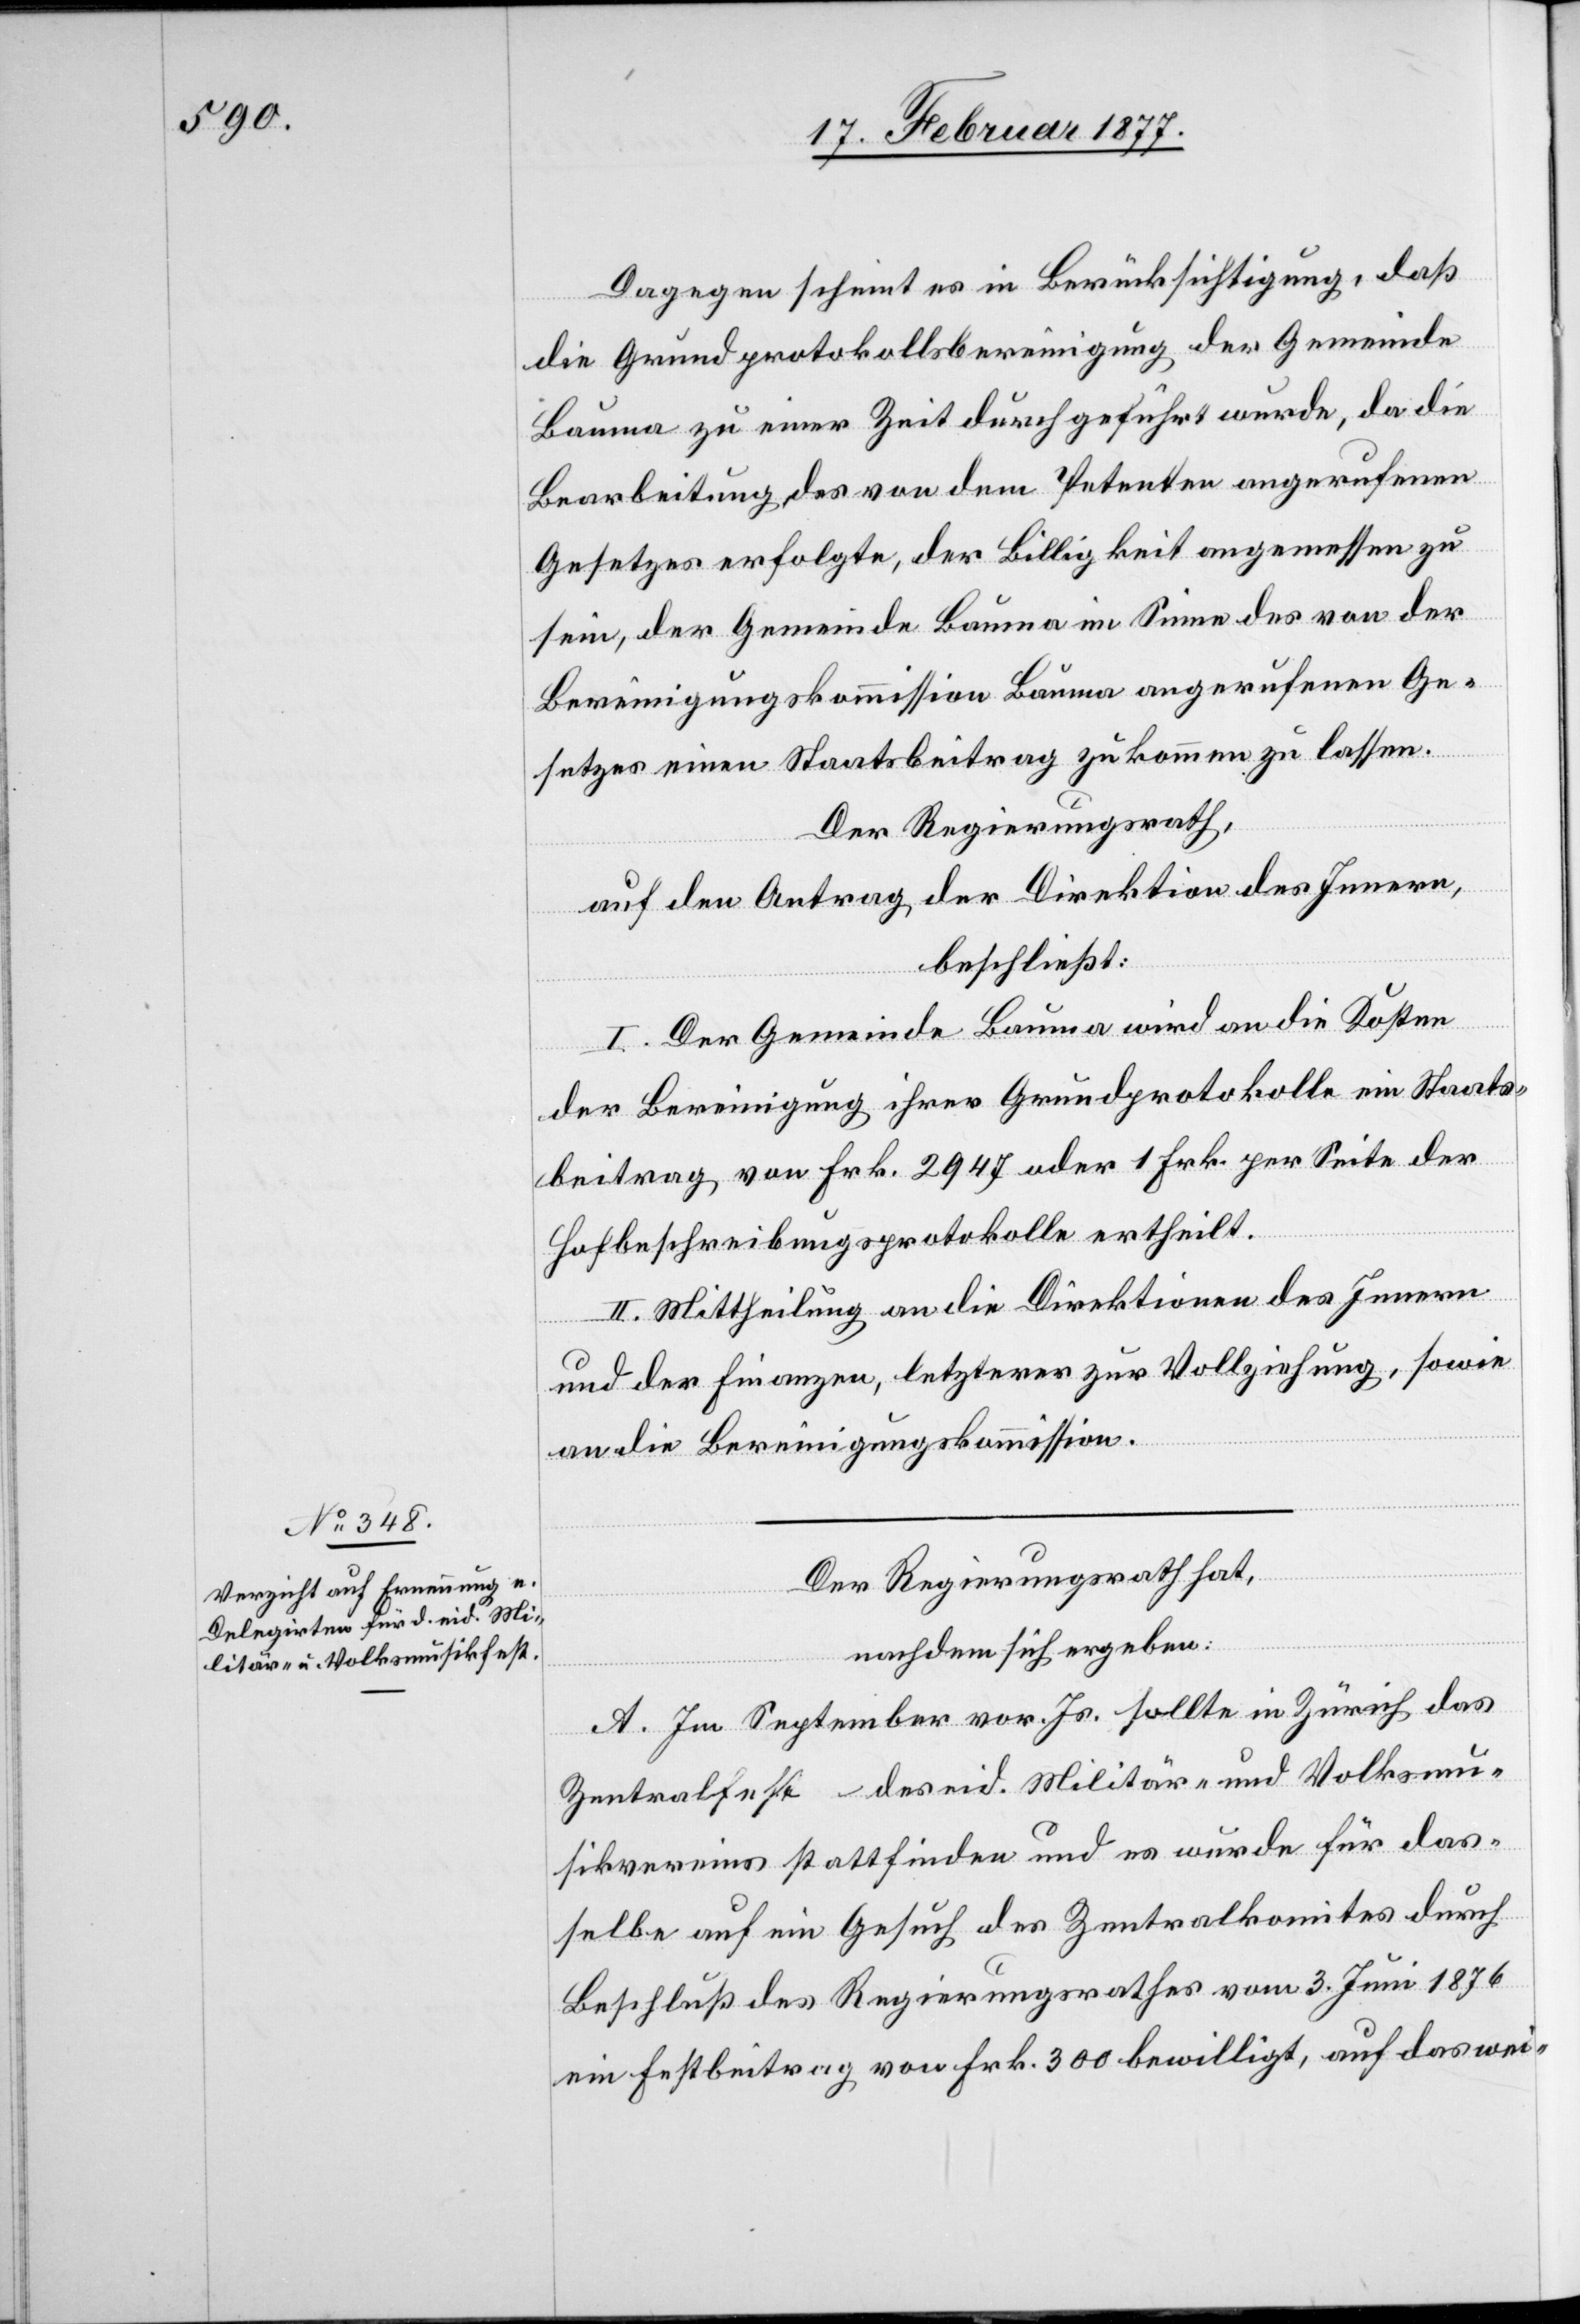
Dagegen scheint es in Berücksichtigung, daß
die Grundprotokollbereinigung der Gemeinde
Bauma zu einer Zeit durchgeführt wurde, da die
Bearbeitung des von den Petenten angerufenen
Gesetzes erfolgte, der Billigkeit angemessen zu
sein, der Gemeinde Bauma im Sinne des von der
Bereinigungskommission angerufenen Ge¬
setzes einen Staatsbeitrag zukommen zu lassen.
Der Regierungsrath,
auf den Antrag der Direktion des Innern,
beschließt:
I. Der Gemeinde Bauma wird an die Kosten
der Bereinigung ihrer Grundprotokolle ein Staats¬
beitrag von Frk. 2947 oder 1 Frk. per Seite der
Hofbeschreibungsprotokolle ertheilt.
II. Mittheilung an die Direktionen des Innern
und der Finanzen, letzterer zur Vollziehung, sowie
an die Bereinigungskommission.
Der Regierungsrath hat,
nachdem sich ergeben:
A. Im September vor. Js. sollte in Zürich das
Zentralfest des eid. Militär- und Volksmu¬
sikvereins stattfinden und es wurde für das¬
selbe auf ein Gesuch des Zentralkomites durch
Beschluß des Regierungsrathes vom 3. Juni 1876
ein Festbeitrag von Frk. 300 bewilligt, auf das wei-